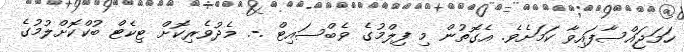
ހަމަޖައްސާފައިވާ ކަމަށެވެ. އެގޮތުން މި ފިލްމުގެ ވެބްސައިޓް .-. މެދުވެރިކޮށް ޓިކެޓް ބުކްކޮށްލުމުގެ